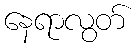
နေရာလွတ်